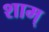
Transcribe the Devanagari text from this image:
शाम्